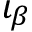
\iota _ { \beta }